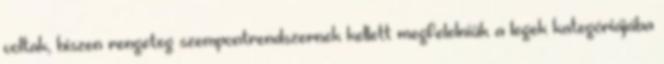
voltak, hiszen rengeteg szempontrendszernek kellett megfelelniük a legek kategóriájába